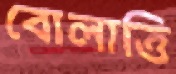
বোলাত্তি